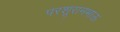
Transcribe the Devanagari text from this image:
परशूरामभाऊ